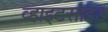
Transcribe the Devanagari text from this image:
व्हाइटसाइड